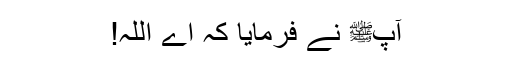
آپﷺ نے فرمایا کہ اے اللہ!